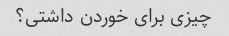
چیزی برای خوردن داشتی؟